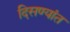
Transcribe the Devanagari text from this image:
दिसण्यांत